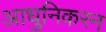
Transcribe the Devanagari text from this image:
आधुनिकरन